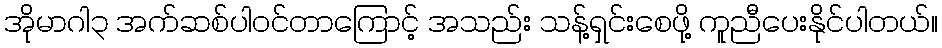
အိုမာဂါ၃ အက်ဆစ်ပါဝင်တာကြောင့် အသည်း သန့်ရှင်းစေဖို့ ကူညီပေးနိုင်ပါတယ်။